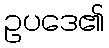
ဥပဒေ၏